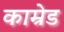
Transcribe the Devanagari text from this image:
काम्रेड